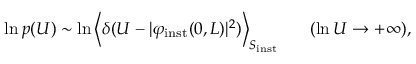
\ln p ( U ) \sim \ln \left\langle \delta ( U - \vert \varphi _ { \mathrm { i n s t } } ( 0 , L ) \vert ^ { 2 } ) \right\rangle _ { S _ { \mathrm { i n s t } } } \ \ \ \ \ ( \ln U \to + \infty ) ,